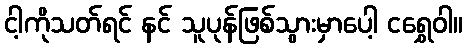
ငါ့ကိုသတ်ရင် နင် သူပုန်ဖြစ်သွားမှာပေါ့ ငရွှေဝါ။